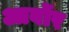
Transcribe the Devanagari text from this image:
आर्बोर